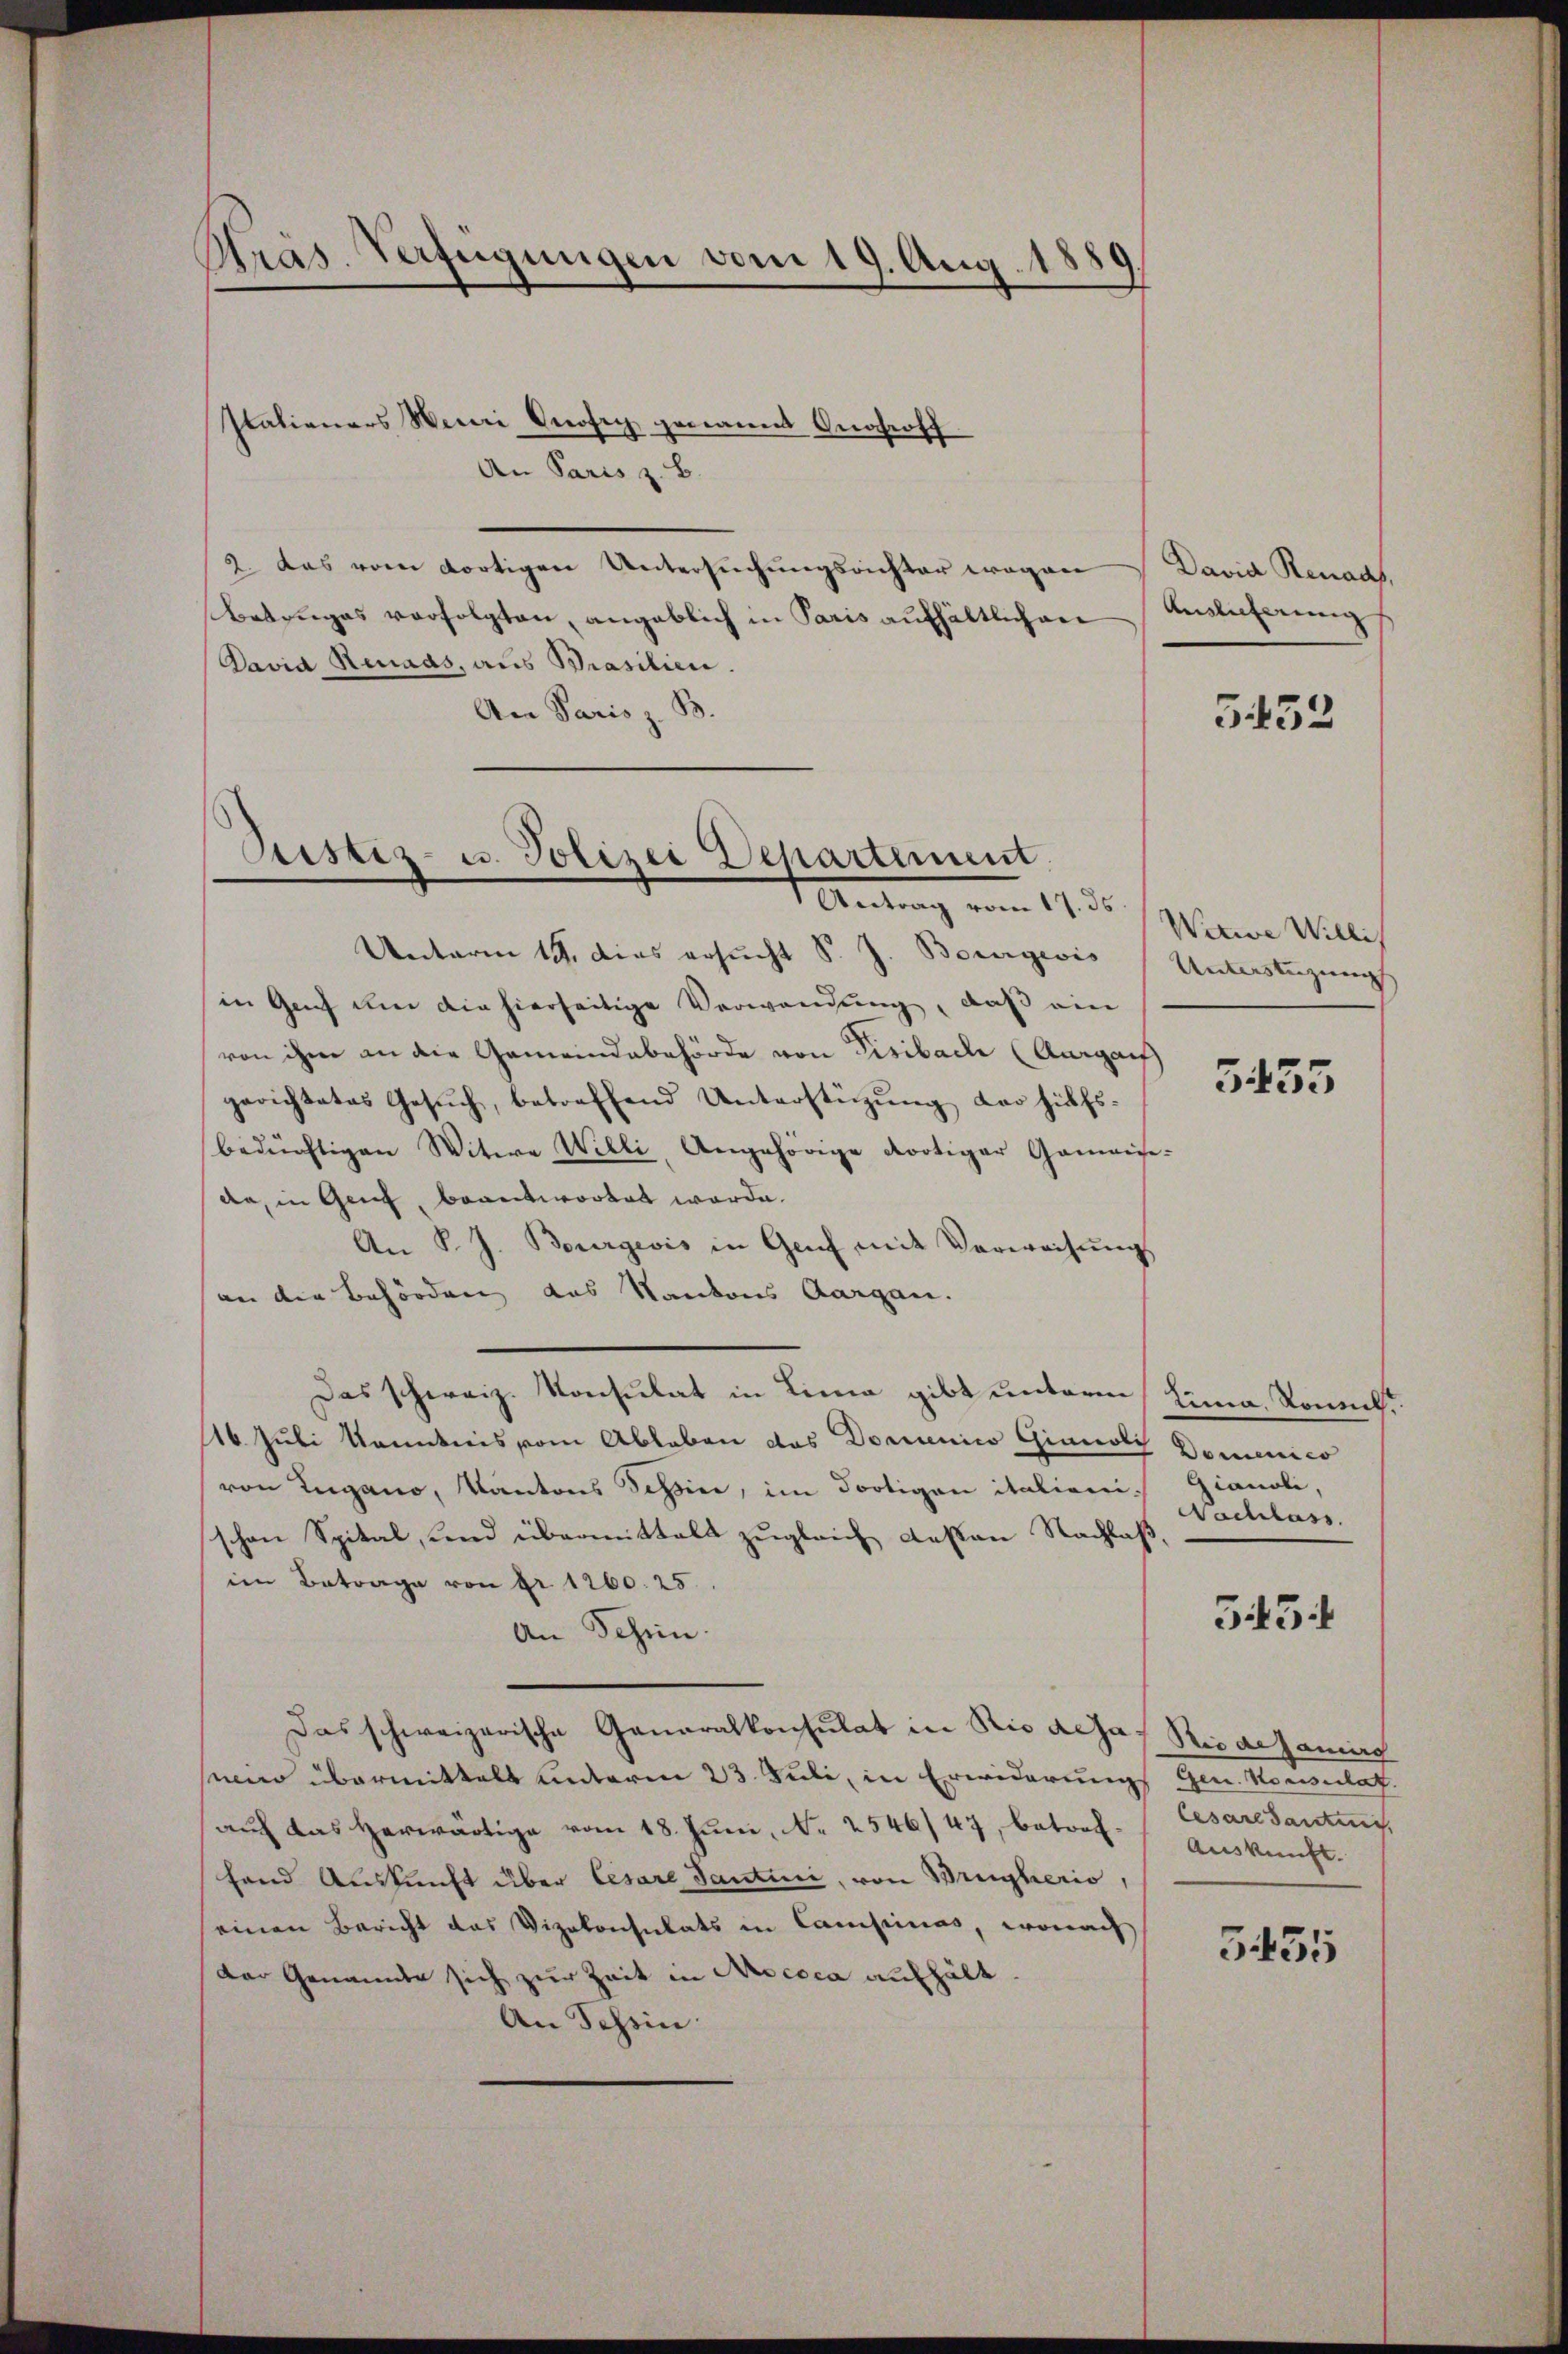
Präs. Verfügungen vom 19. Aug. 1889

Italianers Weini Profey genannt Onohroff
An Paris z. B.
2. das vom dortigen Untersuchungsrichter wegen
Betruges verfolgten, angeblich in Paris aufhältlichen
David Renaas, aus Brasilien.
An Paris z. B.

Fristiz- u. Polizei Departement
Antrag vom 14. ds. Wienen Willig

Unterm 19. dies ersucht S. J. Bourgeois Unterstüzung
in Genf um die hierseitige Verwendung, daß ein
von ihre an die Gemeindebehörde von Pisibach (Aargauf
gerichtetes Gesŭch, betreffend Unterstüzung der hilfsbedürftigen Witwe Willi, Angehörige dortiger Gamais-
de, in Genf, beantwortet werde.
An P. J. Bourgeois in Genf mit Verweisŭngs
an die Behörden das Kantons Aargau.
Das schweiz. Konsulat in Lina gibt unterm Lina Kommt.
116. Juli Kenntnis vom Ableben das Domenico Ginnotz Domenico
von Lugano, Kantons Tessin, im dortigen italieni- Gianoli,
schen Spital, und übermittalt zugleich deßen Nachlaß,
im Betrage von Fr. 1260. 25.
An Schein.
Das schweizerische Generalkonsulat in die Resaf Riedthauerg
see übermittels unterm 23. Juli, in Erwiderungs Gen. Konsulat
auf das herwärtige vom 18. Juni, No 2546/47, betref- Cesaresanten,
fand Auskunft über Cesare Tantini, von Brugheris,
seinen Bericht das Vizekonsulats in Campinas, wonach
Der Genannte sich zur Zeit in Rococa aufhält.
An Schein

David Renaus.
Auslieferung

552

5435

Nachlass

3454

Auskunft.

355